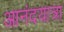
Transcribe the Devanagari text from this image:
आनंदयात्रा